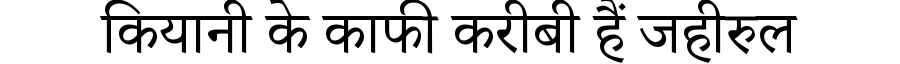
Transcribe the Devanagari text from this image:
कियानी के काफी करीबी हैं जहीरुल